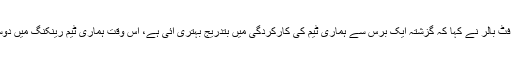
اپنے ایک بیان میں برازیلین فٹ بالر نے کہا کہ گزشتہ ایک برس سے ہماری ٹیم کی کارکردگی میں بتدریج بہتری آئی ہے، اس وقت ہماری ٹیم رینکنگ میں دوسرے نمبر پر پہنچ گئی ہے۔